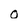
Character: 0